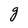
Character: g